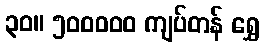
၃၀။ ၅၀၀၀၀၀ ကျပ်တန် ရွှေ